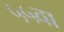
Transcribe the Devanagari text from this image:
५५वा